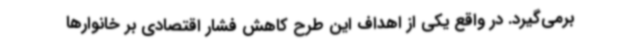
برمی‌گیرد. در واقع یکی از اهداف این طرح کاهش فشار اقتصادی بر خانوارها